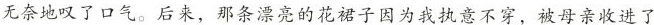
无奈地叹了口气。后来，那条漂亮的花裙子因为我执意不穿，被母亲收进了